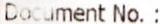
DOCUMENT NO. :